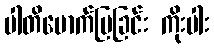
ပါတိမောက်ပြခြင်း ကိုးပါး